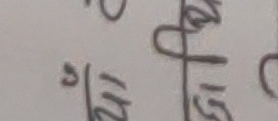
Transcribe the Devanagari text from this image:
९/१५ छ